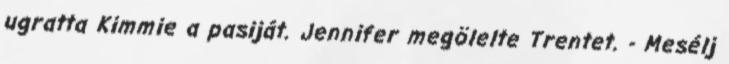
ugratta Kimmie a pasiját. Jennifer megölelte Trentet. - Mesélj